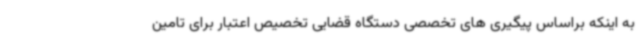
به اینکه براساس پیگیری های تخصصی دستگاه قضایی تخصیص اعتبار برای تامین